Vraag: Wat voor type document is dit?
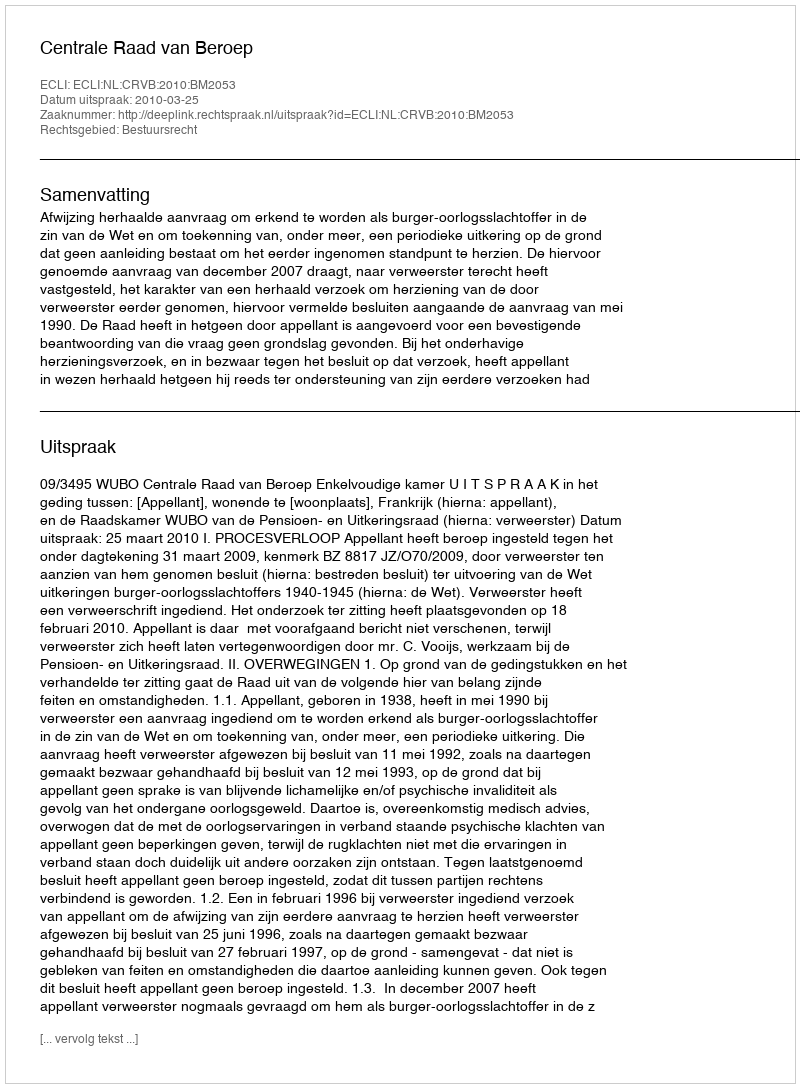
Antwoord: Uitspraak